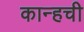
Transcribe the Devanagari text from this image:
कान्हची